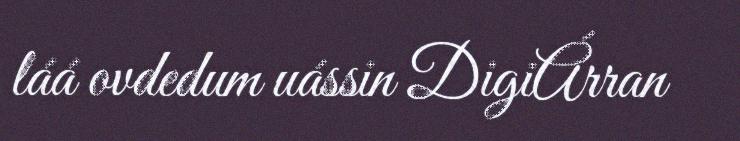
láá ovdedum uássin DigiÁrran